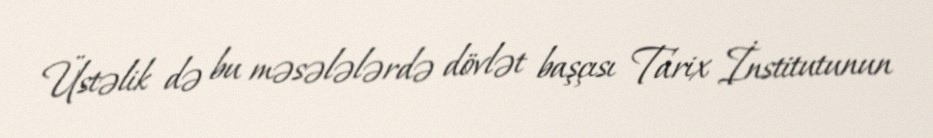
Üstəlik də bu məsələlərdə dövlət başçısı Tarix İnstitutunun